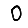
Digit: 0